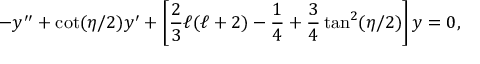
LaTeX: - y ^ { \prime \prime } + \cot ( \eta / 2 ) y ^ { \prime } + \left[ \frac { 2 } { 3 } \ell ( \ell + 2 ) - \frac { 1 } { 4 } + \frac { 3 } { 4 } \tan ^ { 2 } ( \eta / 2 ) \right] y = 0 ,